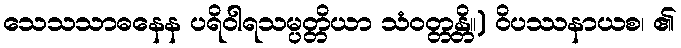
သေသသာဓနေန ပရိဝါရသမ္ပတ္တိယာ သံဝတ္တန္တိ။) ဝိပဿနာယစ၊ ၏